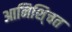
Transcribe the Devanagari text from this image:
आनिशि्चत